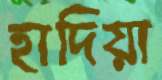
হাদিয়া